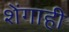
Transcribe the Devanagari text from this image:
शेंगाही